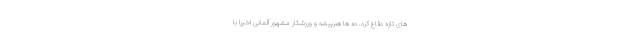
های تازه دفاع کرد. ده ها هنرپیشه و ورزشکار مشهور آلمانی اخیرا با